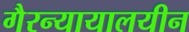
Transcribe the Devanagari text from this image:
गैरन्यायालयीन